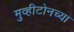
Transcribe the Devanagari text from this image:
मुव्हीटोनच्या